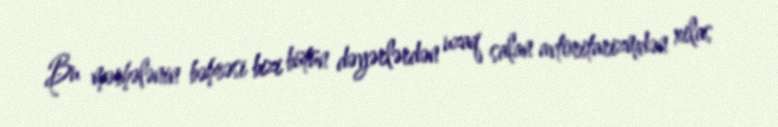
Bu mərhələnin bəhrəsi bizi bütün dəyərlərdən uzaq salan avtoritarizmdən xilas